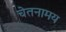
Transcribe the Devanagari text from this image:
चेतनामय